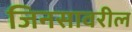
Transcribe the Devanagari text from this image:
जिनसावरील